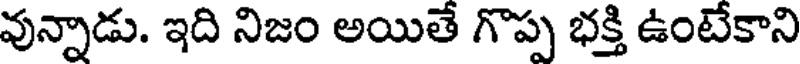
వున్నాడు. ఇది నిజం అయితే గొప్ప భక్తి ఉంటేకాని